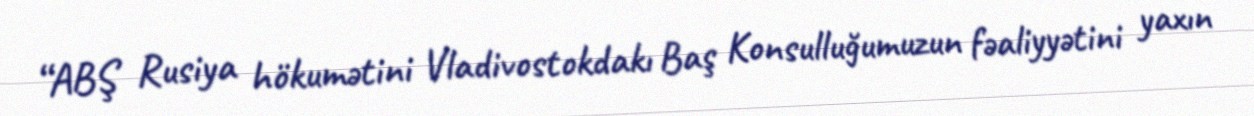
“ABŞ Rusiya hökumətini Vladivostokdakı Baş Konsulluğumuzun fəaliyyətini yaxın